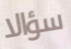
سؤالا